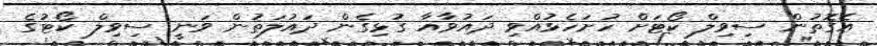
އެގޮތުން ސިވިލް ކޯޓަށް ހުށަހެޅުއްވި ދައުވާއާ ގުޅިގެން ދައުލަތުން ވަނީ ސިވިލް ކޯޓުގެ